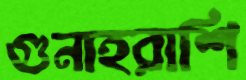
গুনাহরাশি